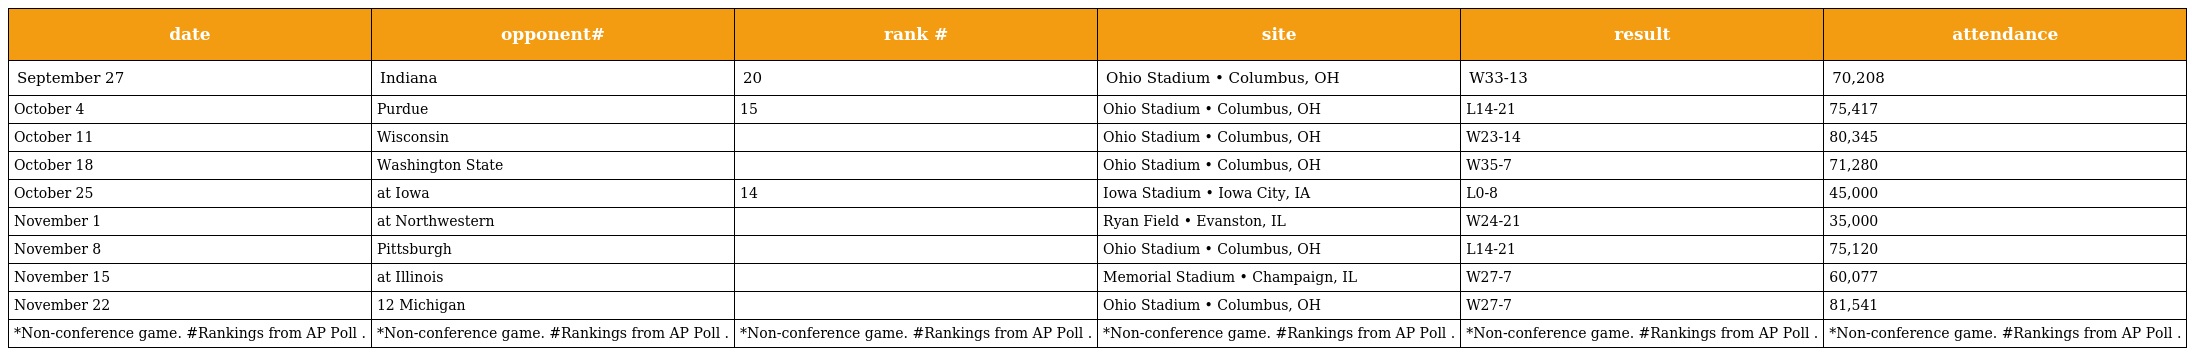
| date | opponent# | rank # | site | result | attendance |
 | --- | --- | --- | --- | --- | --- |
 | September 27 | Indiana | 20 | Ohio Stadium • Columbus, OH | W33-13 | 70,208 |
 | October 4 | Purdue | 15 | Ohio Stadium • Columbus, OH | L14-21 | 75,417 |
 | October 11 | Wisconsin |  | Ohio Stadium • Columbus, OH | W23-14 | 80,345 |
 | October 18 | Washington State |  | Ohio Stadium • Columbus, OH | W35-7 | 71,280 |
 | October 25 | at Iowa | 14 | Iowa Stadium • Iowa City, IA | L0-8 | 45,000 |
 | November 1 | at Northwestern |  | Ryan Field • Evanston, IL | W24-21 | 35,000 |
 | November 8 | Pittsburgh |  | Ohio Stadium • Columbus, OH | L14-21 | 75,120 |
 | November 15 | at Illinois |  | Memorial Stadium • Champaign, IL | W27-7 | 60,077 |
 | November 22 | 12 Michigan |  | Ohio Stadium • Columbus, OH | W27-7 | 81,541 |
 | *Non-conference game. #Rankings from AP Poll . | *Non-conference game. #Rankings from AP Poll . | *Non-conference game. #Rankings from AP Poll . | *Non-conference game. #Rankings from AP Poll . | *Non-conference game. #Rankings from AP Poll . | *Non-conference game. #Rankings from AP Poll . |